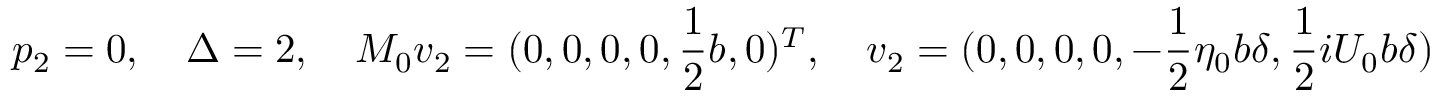
p _ { 2 } = 0 , \quad \Delta = 2 , \quad M _ { 0 } \boldsymbol { v } _ { 2 } = ( 0 , 0 , 0 , 0 , \frac { 1 } { 2 } b , 0 ) ^ { T } , \quad \boldsymbol { v } _ { 2 } = ( 0 , 0 , 0 , 0 , - \frac { 1 } { 2 } \eta _ { 0 } b \delta , \frac { 1 } { 2 } i U _ { 0 } b \delta ) ^ { T } ,